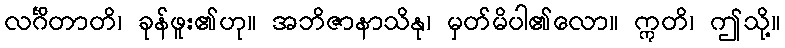
လင်္ဂိတာတိ၊ ခုန်ဖူး၏ဟု။ အဘိဇာနာသိနု၊ မှတ်မိပါ၏လော။ ဣတိ၊ ဤသို့။